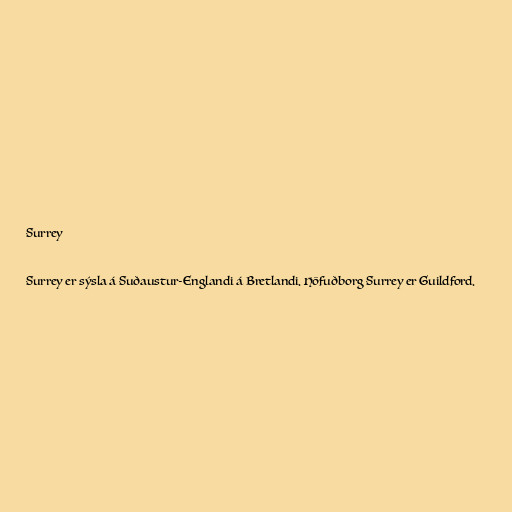
Surrey

Surrey er sýsla á Suðaustur-Englandi á Bretlandi. Höfuðborg Surrey er Guildford.